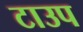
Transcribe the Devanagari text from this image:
टाउप